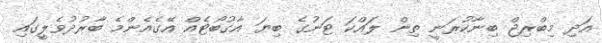
އަދި މިބްރިޖް ބިނާކުރަނީ ތިން ލައްކަ ޓަނުގެ ބިޔަ އާގުބޯޓެއް އޭގެއެންމެ ބާރުދުވެލީގައި